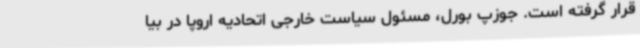
قرار گرفته است. جوزپ بورل، مسئول سیاست خارجی اتحادیه اروپا در بیا